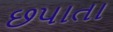
છપાતા